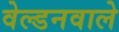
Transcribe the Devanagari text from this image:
वेल्डनवाले